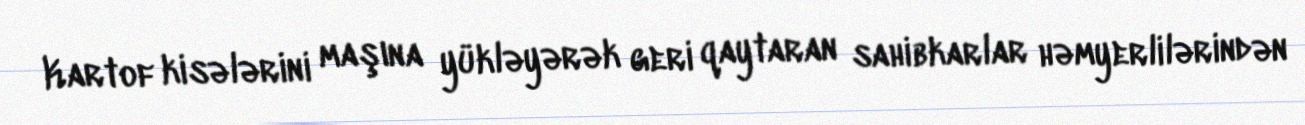
Kartof kisələrini maşına yükləyərək geri qaytaran sahibkarlar həmyerlilərindən